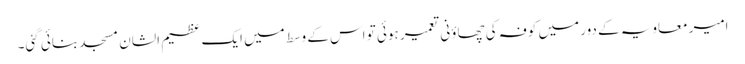
امیر معاویہ کے دور میں کوفہ کی چھاؤنی تعمیر ہوئی تو اس کے وسط میں ایک عظیم الشان مسجد بنائی گئی۔